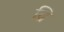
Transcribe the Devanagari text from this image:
व्रि